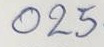
025